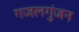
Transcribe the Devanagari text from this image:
गजलगुंजन